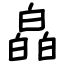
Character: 皛